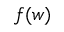
f ( w )